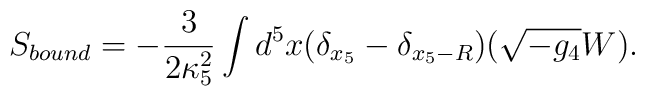
S_{bound}=-\frac{3}{2\kappa_5^2}\int d^5x (\delta_{x_5}-\delta_{x_5-R})(\sqrt {-g_4}W).